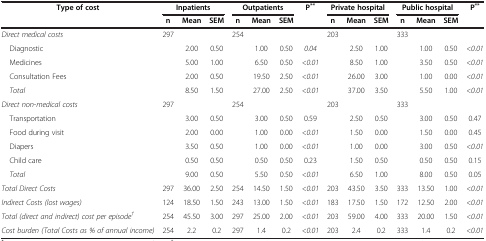
<table><thead><tr><td><b>Type of cost</b></td><td colspan="3"><b>Inpatients</b></td><td colspan="3"><b>Outpatients</b></td><td rowspan="2"><b>P<sup>**</sup></b></td><td colspan="3"><b>Private hospital</b></td><td colspan="3"><b>Public hospital</b></td><td rowspan="2"><b>P<sup>**</sup></b></td></tr><tr><td><b> </b></td><td><b>n</b></td><td><b>Mean</b></td><td><b>SEM</b></td><td><b>n</b></td><td><b>Mean</b></td><td><b>SEM</b></td><td><b>n</b></td><td><b>Mean</b></td><td><b>SEM</b></td><td><b>n</b></td><td><b>Mean</b></td><td><b>SEM</b></td></tr></thead><tbody><tr><td><i>Direct medical costs</i></td><td>297</td><td> </td><td> </td><td>254</td><td> </td><td> </td><td> </td><td>203</td><td> </td><td> </td><td>333</td><td> </td><td> </td><td> </td></tr><tr><td> Diagnostic</td><td> </td><td>2.00</td><td>0.50</td><td> </td><td>1.00</td><td>0.50</td><td><i>0.04</i></td><td> </td><td>2.50</td><td>1.00</td><td> </td><td>1.00</td><td>0.50</td><td><i>&lt;0.01</i></td></tr><tr><td> Medicines</td><td> </td><td>5.00</td><td>1.00</td><td> </td><td>6.50</td><td>0.50</td><td><i>&lt;0.01</i></td><td> </td><td>8.50</td><td>1.00</td><td> </td><td>3.50</td><td>0.50</td><td><i>&lt;0.01</i></td></tr><tr><td> Consultation Fees</td><td> </td><td>2.00</td><td>0.50</td><td> </td><td>19.50</td><td>2.50</td><td><i>&lt;0.01</i></td><td> </td><td>26.00</td><td>3.00</td><td> </td><td>1.00</td><td>0.00</td><td><i>&lt;0.01</i></td></tr><tr><td> <i>Total</i></td><td> </td><td>8.50</td><td>1.50</td><td> </td><td>27.00</td><td>2.50</td><td><i>&lt;0.01</i></td><td> </td><td>37.00</td><td>3.50</td><td> </td><td>5.50</td><td>1.00</td><td><i>&lt;0.01</i></td></tr><tr><td><i>Direct non-medical costs</i></td><td>297</td><td> </td><td> </td><td>254</td><td> </td><td> </td><td> </td><td>203</td><td> </td><td> </td><td>333</td><td> </td><td> </td><td> </td></tr><tr><td> Transportation</td><td> </td><td>3.00</td><td>0.50</td><td> </td><td>3.00</td><td>0.50</td><td>0.59</td><td> </td><td>2.50</td><td>0.50</td><td> </td><td>3.00</td><td>0.50</td><td>0.47</td></tr><tr><td> Food during visit</td><td> </td><td>2.00</td><td>0.00</td><td> </td><td>1.00</td><td>0.00</td><td><i>&lt;0.01</i></td><td> </td><td>1.50</td><td>0.00</td><td> </td><td>1.50</td><td>0.00</td><td>0.45</td></tr><tr><td> Diapers</td><td> </td><td>3.50</td><td>0.50</td><td> </td><td>1.00</td><td>0.00</td><td><i>&lt;0.01</i></td><td> </td><td>1.00</td><td>0.00</td><td> </td><td>3.00</td><td>0.50</td><td><i>&lt;0.01</i></td></tr><tr><td> Child care</td><td> </td><td>0.50</td><td>0.50</td><td> </td><td>0.50</td><td>0.50</td><td>0.23</td><td> </td><td>1.50</td><td>0.50</td><td> </td><td>0.50</td><td>0.50</td><td>0.15</td></tr><tr><td><i> Total</i></td><td> </td><td>9.00</td><td>0.50</td><td> </td><td>5.50</td><td>0.50</td><td><i>&lt;0.01</i></td><td> </td><td>6.50</td><td>1.00</td><td> </td><td>8.00</td><td>0.50</td><td>0.05</td></tr><tr><td><i>Total Direct Costs</i></td><td>297</td><td>36.00</td><td>2.50</td><td>254</td><td>14.50</td><td>1.50</td><td><i>&lt;0.01</i></td><td>203</td><td>43.50</td><td>3.50</td><td>333</td><td>13.50</td><td>1.00</td><td><i>&lt;0.01</i></td></tr><tr><td><i>Indirect Costs (lost wages)</i></td><td>124</td><td>18.50</td><td>1.50</td><td>243</td><td>13.00</td><td>1.50</td><td><i>&lt;0.01</i></td><td>183</td><td>17.50</td><td>1.50</td><td>172</td><td>12.50</td><td>2.00</td><td><i>&lt;0.01</i></td></tr><tr><td><i>Total (direct and indirect) cost per episode</i><sup><i>†</i></sup></td><td>254</td><td>45.50</td><td>3.00</td><td>297</td><td>25.00</td><td>2.00</td><td><i>&lt;0.01</i></td><td>203</td><td>59.00</td><td>4.00</td><td>333</td><td>20.00</td><td>1.50</td><td><i>&lt;0.01</i></td></tr><tr><td><i>Cost burden (Total Costs as % of annual income)</i></td><td>254</td><td>2.2</td><td>0.2</td><td>297</td><td>1.4</td><td>0.2</td><td><i>&lt;0.01</i></td><td>203</td><td>2.4</td><td>0.2</td><td>333</td><td>1.4</td><td>0.2</td><td><i>&lt;0.01</i></td></tr></tbody></table>